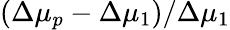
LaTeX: (\Delta\mu_{p}-\Delta\mu_{1})/\Delta\mu_{1}